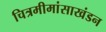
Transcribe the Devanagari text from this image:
चित्रमीमांसाखंडन